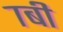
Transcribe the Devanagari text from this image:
७बी